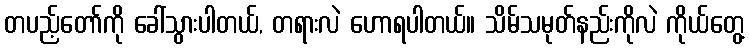
တပည့်တော်ကို ခေါ်သွားပါတယ်, တရားလဲ ဟောရပါတယ်။ သိမ်သမုတ်နည်းကိုလဲ ကိုယ်တွေ့